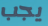
يجب